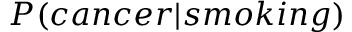
P ( c a n c e r | s m o k i n g )